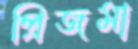
প্রিজমা